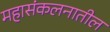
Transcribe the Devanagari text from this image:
महासंकलनातील